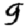
Digit: 9